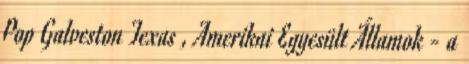
Pop Galveston Texas , Amerikai Egyesült Államok - a